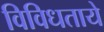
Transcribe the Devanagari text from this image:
विविधताये